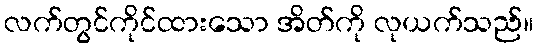
လက်တွင်ကိုင်ထားသော အိတ်ကို လုယက်သည်။